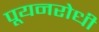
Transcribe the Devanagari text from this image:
पूयनरोधी